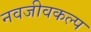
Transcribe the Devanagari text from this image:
नवजीवकल्प